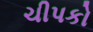
ચીપકો